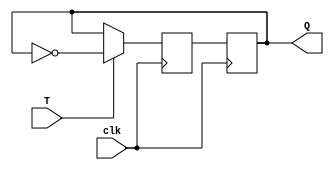
module T_flipflop (
    input wire clk,
    input wire T,
    output reg Q
);

reg D;
always @ (posedge clk) begin
    if (T == 1'b1)
        D <= ~Q;
    else
        D <= Q;
end

always @ (posedge clk) begin
    Q <= D;
end

endmodule